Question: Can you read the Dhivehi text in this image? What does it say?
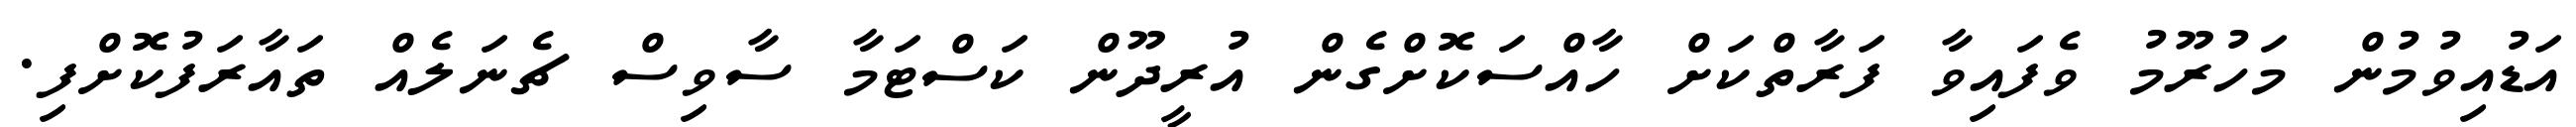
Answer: އަޑުއިވުމުން މަހުރޫމު ވެފައިވާ ފަރާތްކަށް ހާއްސަކޮށްގެން އުރީދޫން ކަސްޓަމާ ސާވިސް ޗެނަލެއް ތައާރަފުކޮށްފި.